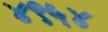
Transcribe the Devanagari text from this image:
४९५४